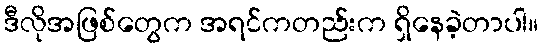
ဒီလိုအဖြစ်တွေက အရင်ကတည်းက ရှိနေခဲ့တာပါ။